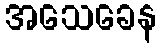
အသေခေန